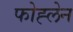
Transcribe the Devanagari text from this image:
फोह्लेन